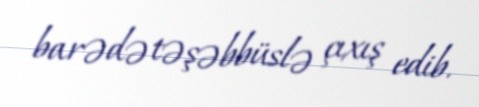
barədə təşəbbüslə çıxış edib.